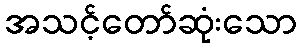
အသင့်တော်ဆုံးသော